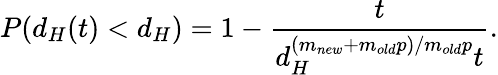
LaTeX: P(d_{H}(t)<d_{H})=1-\frac{t}{d_{H}^{(m_{new}+m_{old}p)/m_{old}p}t}.